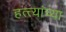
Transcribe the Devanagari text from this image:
हत्त्यांच्या